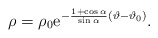
\begin{align*}\rho=\rho_0{\rm e}^{-{1+\cos\alpha\over \sin \alpha}(\vartheta-\vartheta_0)}.\end{align*}